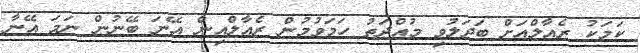
ކަމަކު ރެއާލްއަށް ބަދަލުވި މުއްދަތު ހަމަވުމުން ރެއާލްއިން އޭނަ ބޭނުން ނަމަ އޭނާ